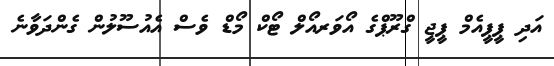
އަދި ޕީޕީއެމް ޕީޖީ ގްރޫޕްގެ އޯވަރއޯލް ޓޯކް މޯޑް ވެސް އެއުސޫލުން ގެންދަވާނެ